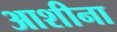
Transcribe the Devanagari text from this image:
आशीना